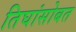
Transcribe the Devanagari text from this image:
तिघांसोबत